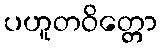
ပဟူတဝိတ္တော